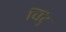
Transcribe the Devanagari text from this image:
चिंटु